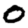
Digit: 0